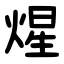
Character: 煋